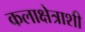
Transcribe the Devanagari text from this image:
कलाक्षेत्राशी